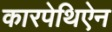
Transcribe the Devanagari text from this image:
कारपेथिऐन